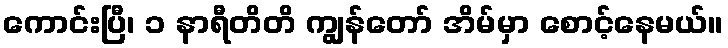
ကောင်းပြီ၊ ၁ နာရီတိတိ ကျွန်တော် အိမ်မှာ စောင့်နေမယ်။